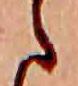
ら